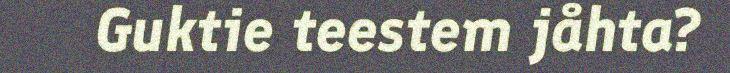
Guktie teestem jåhta?